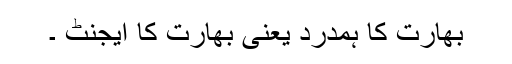
بھارت کا ہمدرد یعنی بھارت کا ایجنٹ ۔